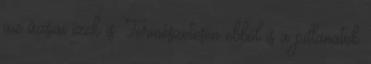
az ázsiai ízek is. Természetesen ebből is a pillanatok